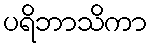
ပရိဘာသိကာ